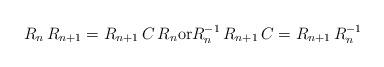
LaTeX: \begin{align*}R_n\,R_{n+1}=R_{n+1}\,C\,R_n{\rm or}R_n^{-1}\,R_{n+1}\,C=R_{n+1}\,R_n^{-1}\end{align*}